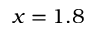
x = 1 . 8